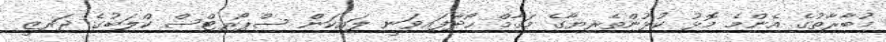
މުބާރާތުގެ އެންމެ މޮޅު ކުޅުންތެރިޔާގެ މަޤާމް ހޯދާފައިވަނީ ލައިކަން ސްޕޯރޓްސް ކްލަބުގެ ޖަރޒީ